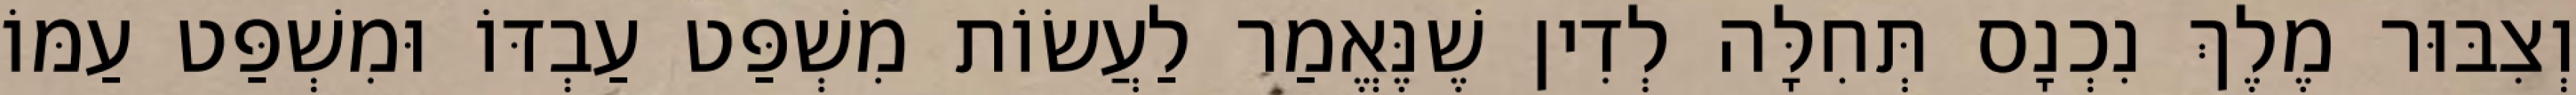
וְצִבּוּר מֶלֶךְ נִכְנָס תְּחִלָּה לְדִין שֶׁנֶּאֱמַר לַעֲשׂוֹת מִשְׁפַּט עַבְדּוֹ וּמִשְׁפַּט עַמּוֹ